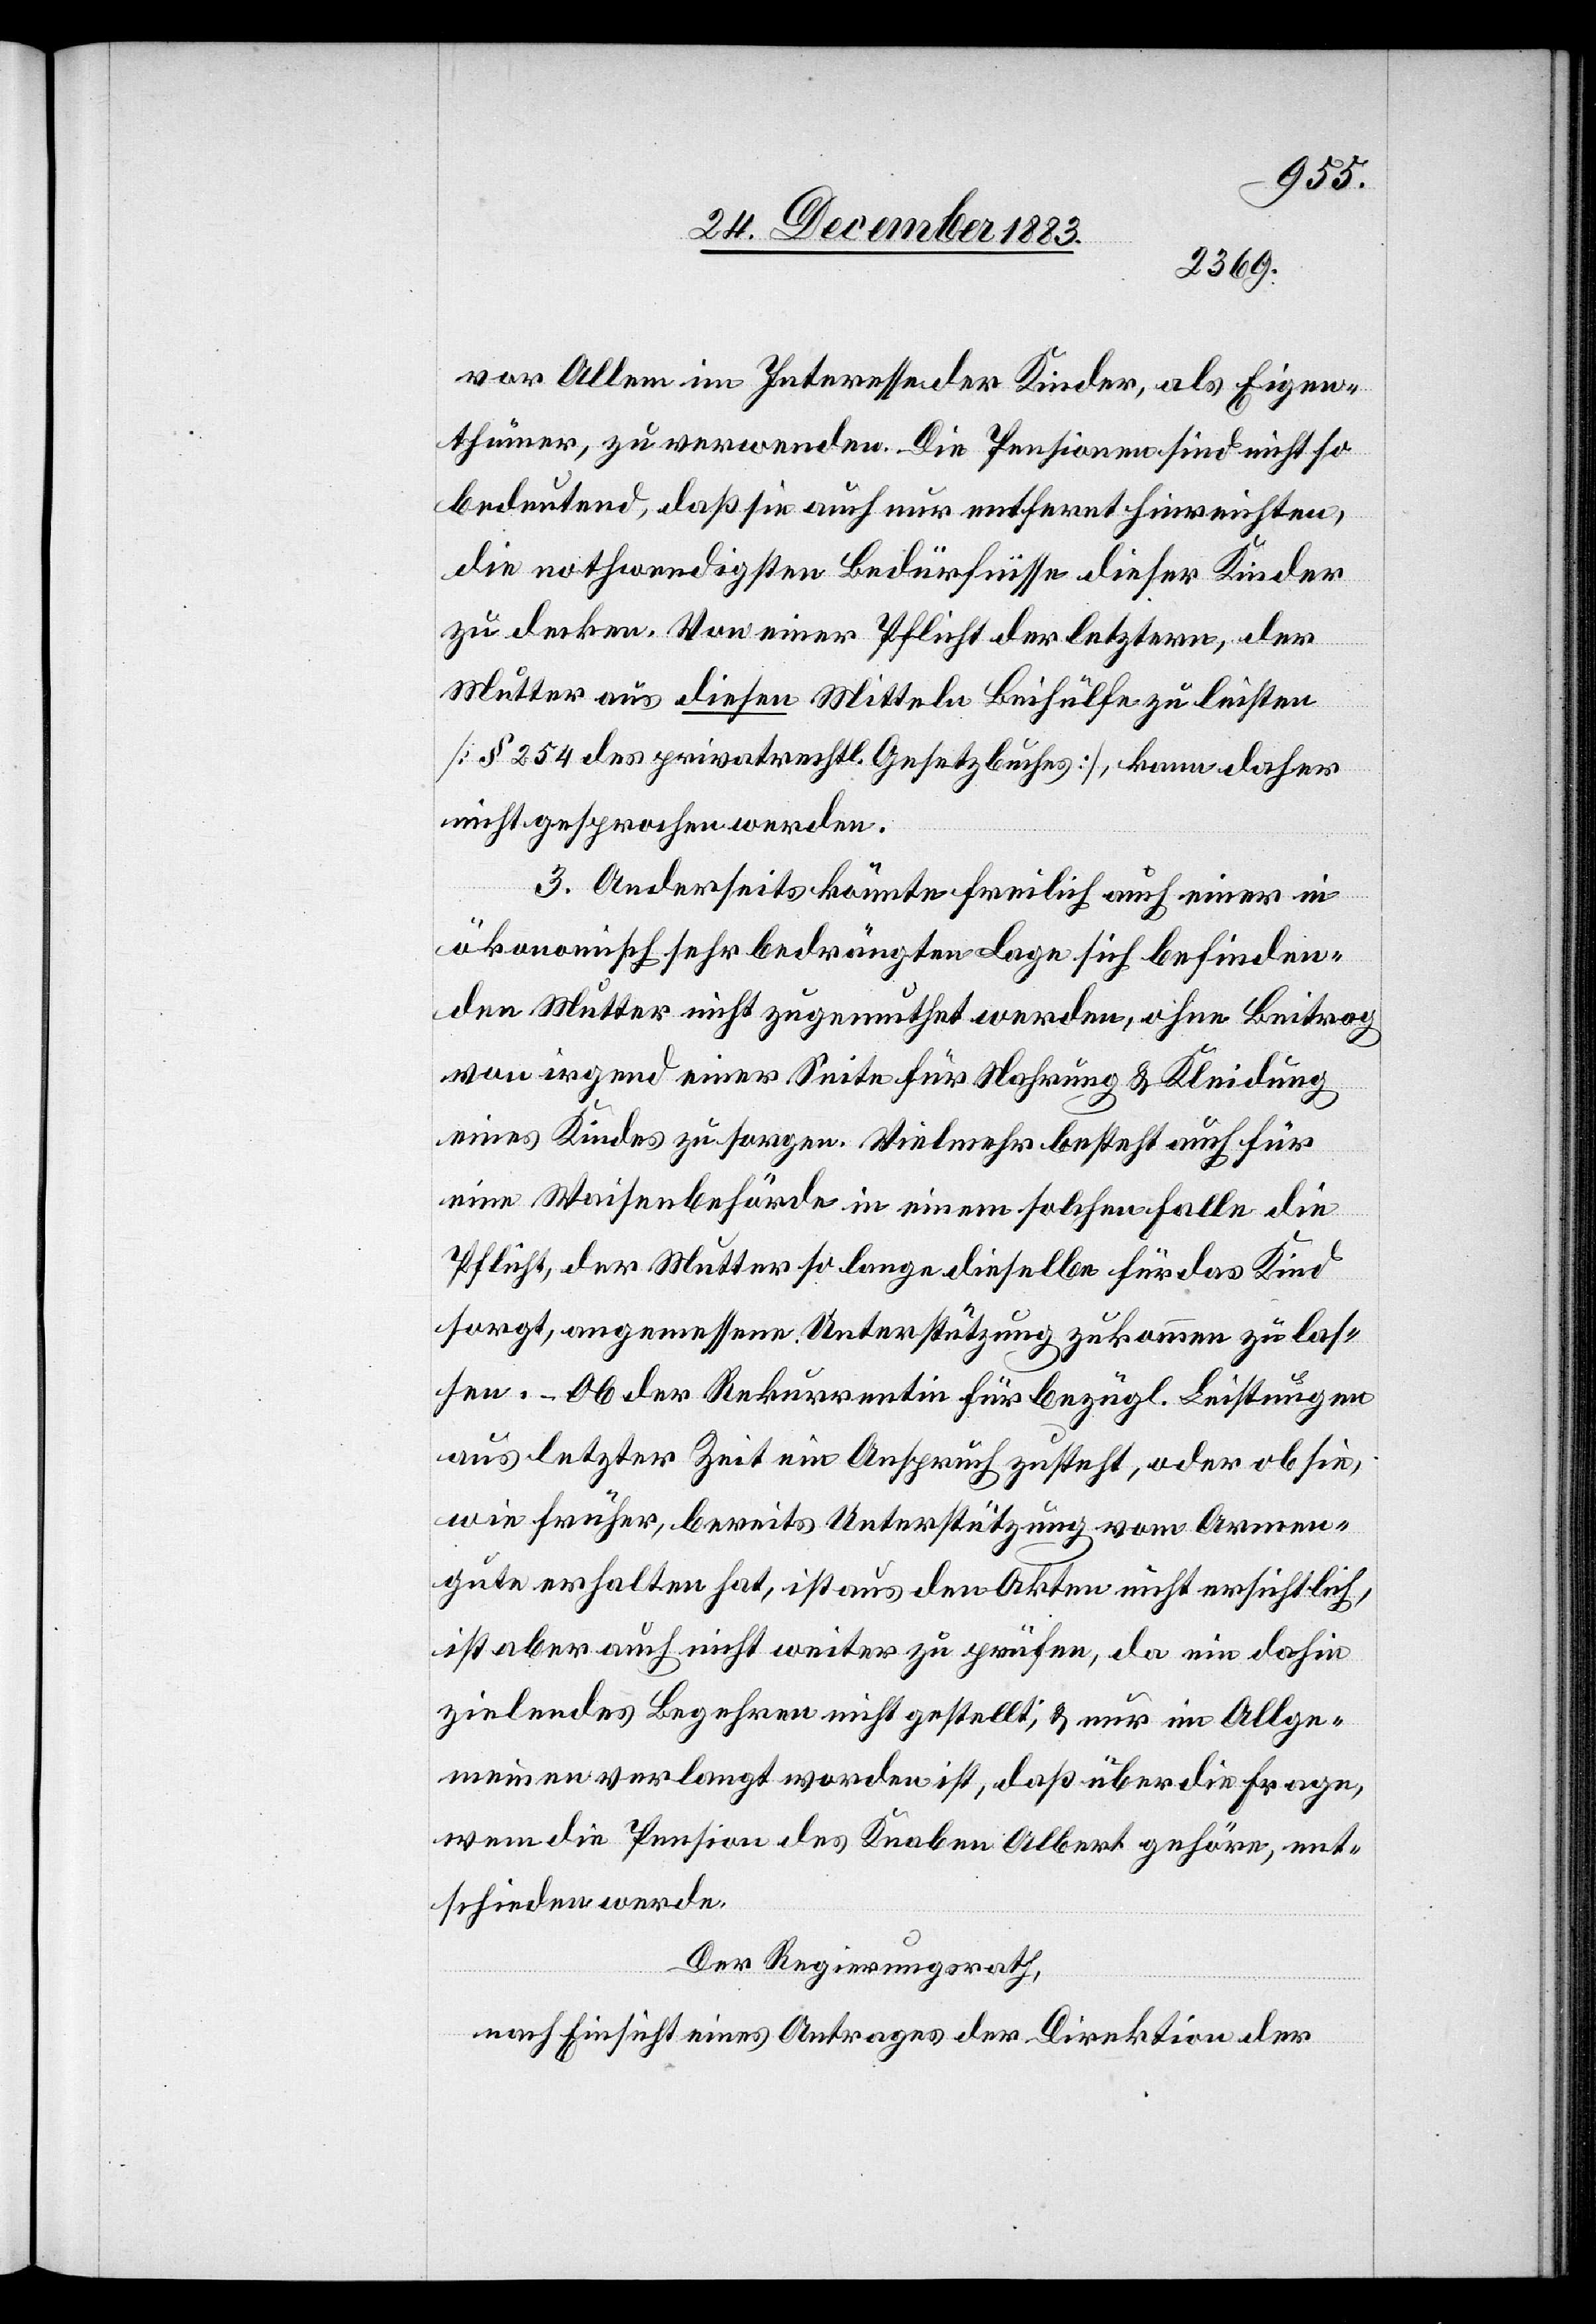
vor Allem im Interesse der Kinder, als Eigen¬
thümer, zu verwenden. Die Pensionen sind nicht so
bedeutend, daß sie auch nur entfernt hinreichten,
die nothwendigsten Bedürfnisse dieser Kinder
zu decken. Von einer Pflicht der letztern, der
Mutter aus diesen Mitteln Beihülfe zu leisten
[§ 254 des privatrechtl. Gesetzbuches], kann daher
nicht gesprochen werden.
3. Anderseits könnte freilich auch einer in
ökonomisch sehr bedrängten Lage sich befinden¬
den Mutter nicht zugemuthet werden, ohne Beitrag
von irgend einer Seite für Nahrung & Kleidung
eines Kindes zu sorgen. Vielmehr besteht auch für
eine Waisenbehörde in einem solchen Falle die
Pflicht, der Mutter so lange dieselbe für das Kind
sorgt, angemessene Unterstützung zukommen zu las¬
sen. – Ob der Rekurrentin für bezügl. Leistungen
aus letzter Zeit ein Anspruch zusteht, oder ob sie
wie früher, bereits Unterstützung vom Armen¬
gute erhalten hat, ist aus den Akten nicht ersichtlich,
ist aber auch nicht weiter zu prüfen, da ein dahin
zielendes Begehren nicht gestellt; & nur im Allge¬
meinen verlangt worden ist, daß über die Frage,
wem die Pension des Knaben Albert gehöre, ent¬
schieden werde.
Der Regierungsrath,
nach Einsicht eines Antrages der Direktion der